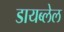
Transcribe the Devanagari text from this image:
डायब्लेल